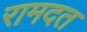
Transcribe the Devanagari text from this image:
रामदत